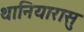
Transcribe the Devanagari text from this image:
थानियारासु